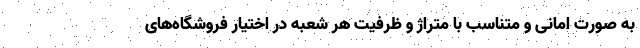
به صورت امانی و متناسب با متراژ و ظرفیت هر شعبه در اختیار فروشگاه­های